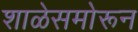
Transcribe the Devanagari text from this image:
शाळेसमोरून